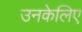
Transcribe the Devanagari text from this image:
उनकेलिए